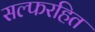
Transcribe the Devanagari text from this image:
सल्फरहित